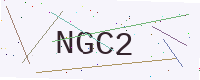
Text: NGC2